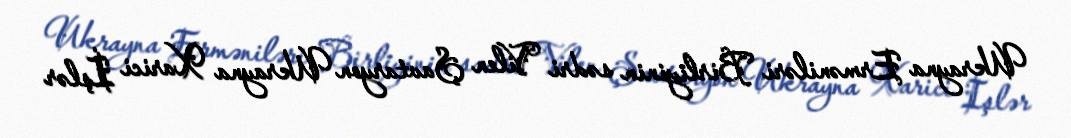
Ukrayna Erməniləri Birliyinin sədri Vilen Şavtaryon Ukrayna Xarici İşlər